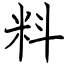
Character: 料